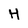
Character: H